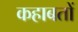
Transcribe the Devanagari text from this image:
कहाबतों